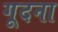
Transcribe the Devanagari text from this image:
गूदना